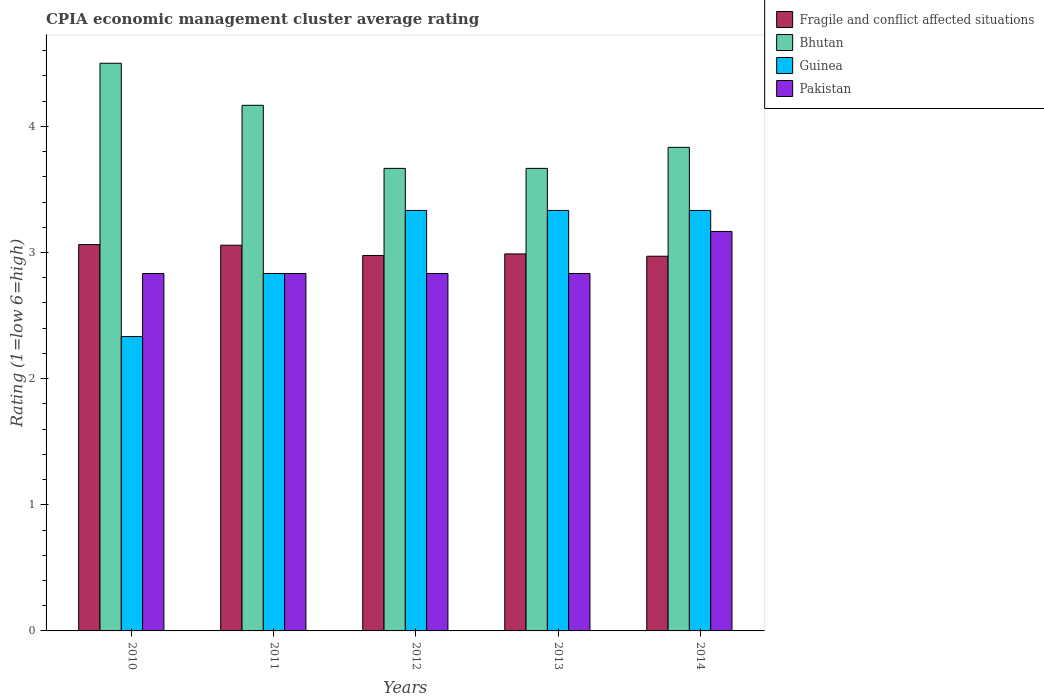
| Years | Fragile and conflict affected situations | Bhutan | Guinea | Pakistan |
 | --- | --- | --- | --- | --- |
 | 2010 | 3.06 | 4.5 | 2.33 | 2.83 |
 | 2011 | 3.06 | 4.17 | 2.83 | 2.83 |
 | 2012 | 2.98 | 3.67 | 3.33 | 2.83 |
 | 2013 | 2.99 | 3.67 | 3.33 | 2.83 |
 | 2014 | 2.97 | 3.83 | 3.33 | 3.17 |